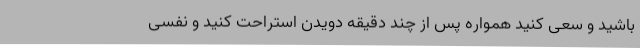
باشید و سعی کنید همواره پس از چند دقیقه دویدن استراحت کنید و نفسی